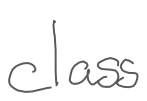
Text: class
Cross-out: clean
Writing tool: digital_gray